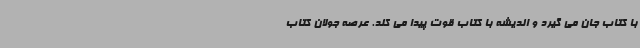
با کتاب جان می گیرد و اندیشه با کتاب قوت پیدا می کند. عرصه جولان کتاب